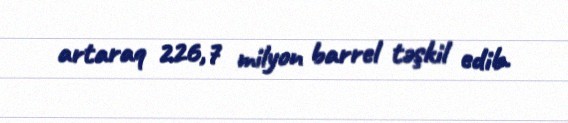
artaraq 226,7 milyon barrel təşkil edib.